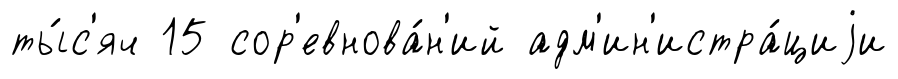
ты́с'яч 15 сор'евнова́н'ий адм'ин'истра́циjи